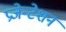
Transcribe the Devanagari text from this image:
प्रजेन्टेशन